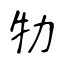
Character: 牞